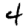
Digit: 4